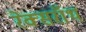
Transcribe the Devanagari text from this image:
रेक्सरॉथ